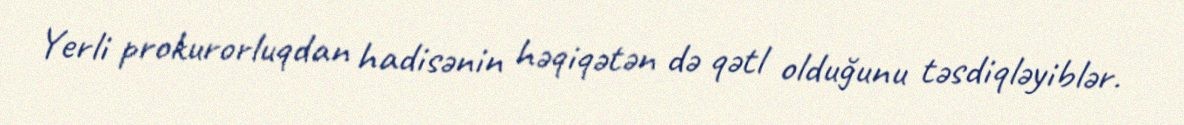
Yerli prokurorluqdan hadisənin həqiqətən də qətl olduğunu təsdiqləyiblər.